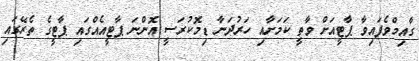
ގާއިމްވެފައިވާ ޕާޓީއަށް ވާތީ ކަމަށާއި ހަރުދަނާ ޑިމޮކުރަސީ އޮންނަ ޕާޓީއެއްގައި ޕާޓީގެ ތެރޭގައި